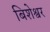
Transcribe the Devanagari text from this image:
बिशेश्वर